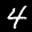
Label: 4